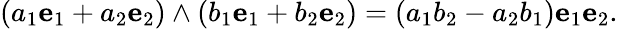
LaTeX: (a_{1}{\mathbf{e}}_{1}+a_{2}{\mathbf{e}}_{2})\wedge(b_{1}{\mathbf{e}}_{1}+b_{2}{\mathbf{e}}_{2})=(a_{1}b_{2}-a_{2}b_{1})\mathbf{e}_{1}\mathbf{e}_{2}.